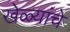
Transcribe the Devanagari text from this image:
खेळ्यांचे